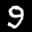
Label: 9